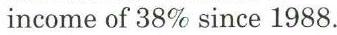
income of 38% since 1988.